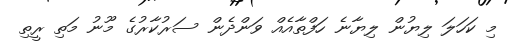
މި ކަހަލަ ލިޔުން ލިޔާނެ ހަފްތާއެއް ވަންދެން ސަރުކާރުގެ މޫނު މަތި ރީތި